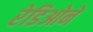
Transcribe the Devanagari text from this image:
रेडिओने